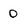
Character: 0